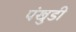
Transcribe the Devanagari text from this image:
पंखुडी